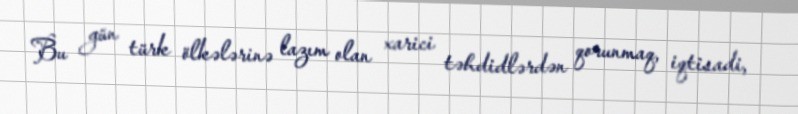
Bu gün türk ölkələrinə lazım olan xarici təhdidlərdən qorunmaq, iqtisadi,